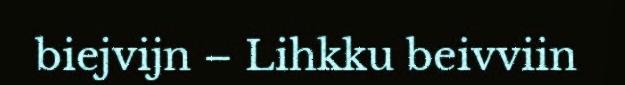
biejvijn – Lihkku beivviin